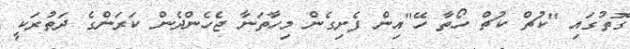
ގޮތުގައި "ކުޗް ކުޗް ހޯތާ ހޭ"އިން ފެށިގެން މިހާތަނާ ޖެހެންދެން ކަރަންގެ ދަތުރަކީ